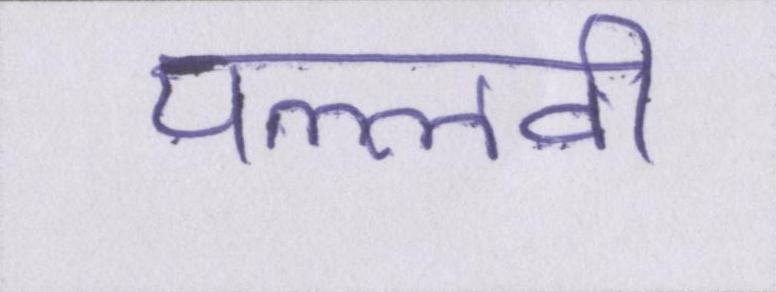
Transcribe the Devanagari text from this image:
पल्लवी